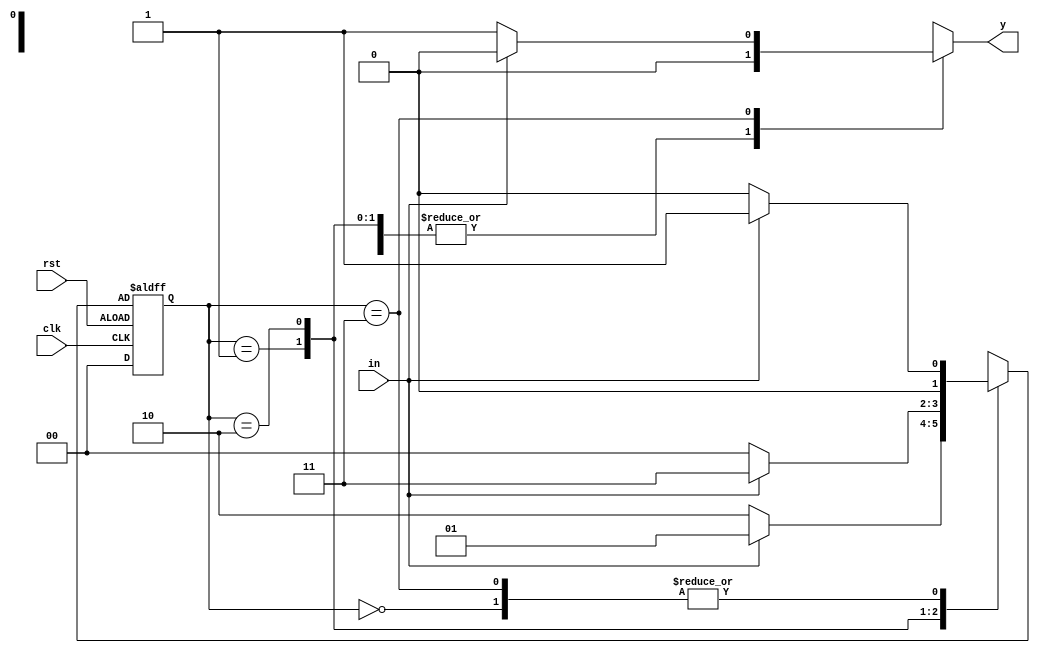
`timescale 1ns / 1ps
//////////////////////////////////////////////////////////////////////////////////
// Company: 
// Engineer: 
// 
// Design Name: 
// Module Name: Mealy_non_overlapping
// Project Name: 
// Target Devices: 
// Tool Versions: 
// Description: 
// 
// Dependencies: 
// 
// Revision:
// Revision 0.01 - File Created
// Additional Comments:
// 
//////////////////////////////////////////////////////////////////////////////////


module Mealy_non_overlapping(y,in,clk,rst);
input in,clk,rst;
output reg y;
parameter [1:0] s0=2'b00,
                s1=2'b01,
                s2=2'b10,
                s3=2'b11;
reg [1:0]PS,NS;
always @(posedge clk,negedge rst)
if(rst)
PS<=s0;
else
PS<=NS;

always @(in,PS)
begin
case(PS)
s0: begin
    y=1'b0;
    if(in)
    NS<=s1;
    else
    NS<=s0;
    end
s1: begin
    y=1'b0;
    if(in)
    NS<=s1;
    else
    NS<=s2;
    end
s2: begin
    y=1'b0;
    if(in)
    NS<=s3;
    else
    NS<=s0;
    end
s3: begin
    if(in)
    begin
    y=1'b0;
    NS<=s1;
    end
    else
    begin
    y=1'b1;
    NS<=s0;
    end
    end
endcase
end
endmodule